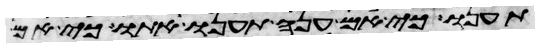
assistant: תענו כי אם ענה תענו אתו כי אם